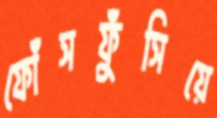
ফোঁসফুঁসিয়ে